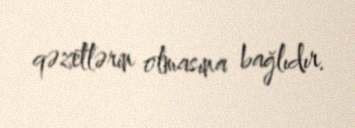
qəzetlərin olmasına bağlıdır.